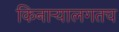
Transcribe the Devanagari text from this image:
किनार्‍यालगतच